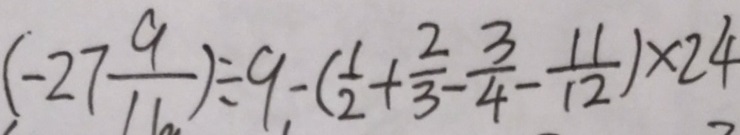
( - 2 7 \frac { 9 } { 1 1 } ) \div 9 - ( \frac { 1 } { 2 } + \frac { 2 } { 3 } - \frac { 3 } { 4 } - \frac { 1 1 } { 1 2 } ) \times 2 4